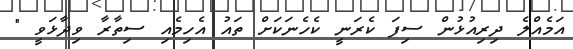
އަމެއްލެ ދިރިއުޅުން ސިފަ ކެރަނީ ކެހެނަކަށް ތައު އެހިމެއި ސިތާރާ ވިދާޅަވީ "